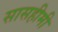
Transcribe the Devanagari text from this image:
सासहीमी